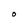
Character: O